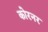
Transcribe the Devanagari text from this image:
कोरनर